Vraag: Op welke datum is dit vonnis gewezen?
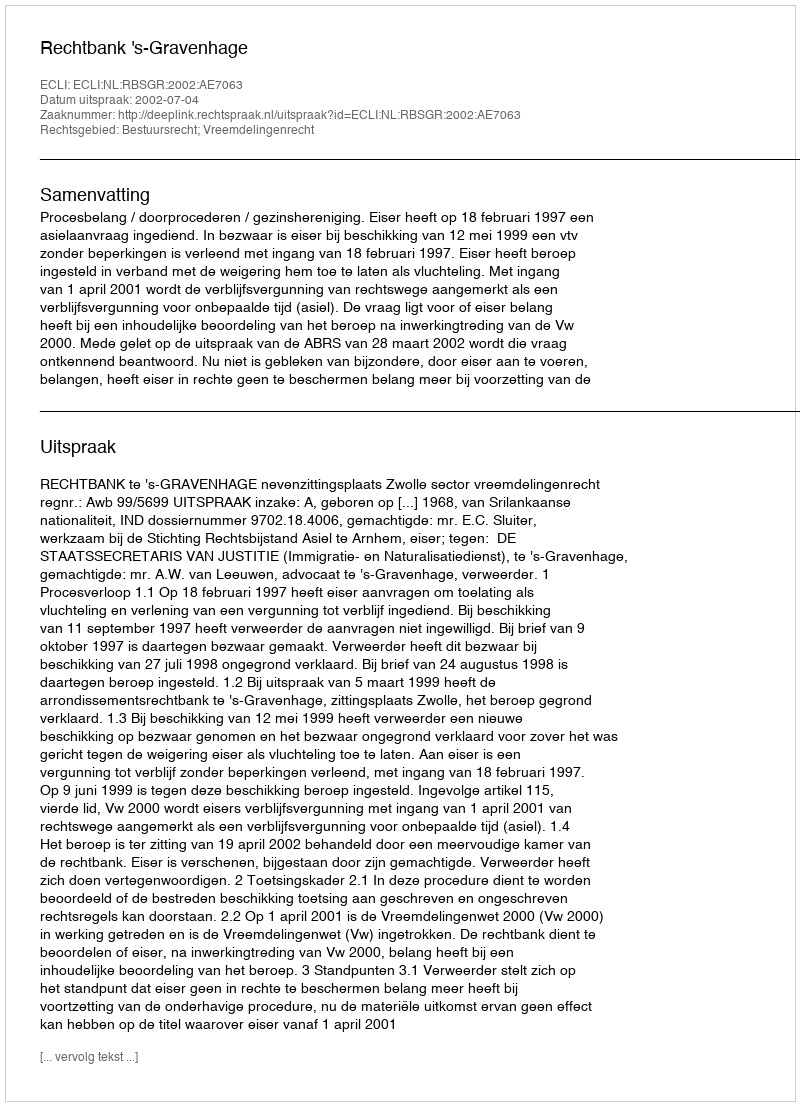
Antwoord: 2002-07-04